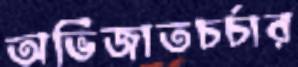
অভিজাতচর্চার